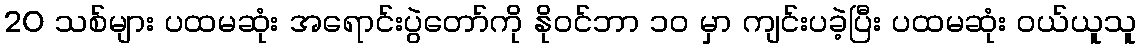
20 သစ်များ ပထမဆုံး အရောင်းပွဲတော်ကို နိုဝင်ဘာ ၁၀ မှာ ကျင်းပခဲ့ပြီး ပထမဆုံး ဝယ်ယူသူ